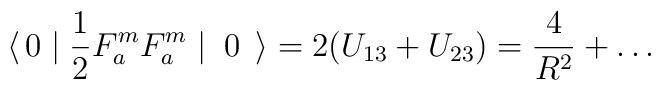
\langle \, 0 \mid \frac{1}{2} F^m_a F^m_a \mid \; 0 \; \, \rangle = 2(U_{13} + U_{23}) = \frac{4}{R^2} + \ldots